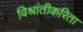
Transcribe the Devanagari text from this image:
विश्रांतीकरिता